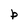
Character: b